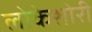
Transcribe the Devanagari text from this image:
लोकेशोरी